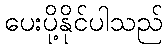
ပေးပို့နိုင်ပါသည်